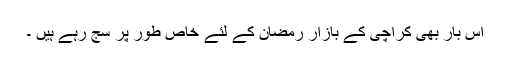
اس بار بھی کراچی کے بازار رمضان کے لئے خاص طور پر سج رہے ہیں ۔